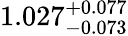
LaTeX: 1.027_{-0.073}^{+0.077}